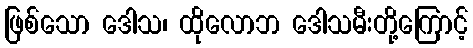
ဖြစ်သော ဒေါသ၊ ထိုလောဘ ဒေါသမီးတို့ကြောင့်